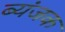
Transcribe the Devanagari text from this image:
ब्यंजक